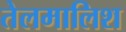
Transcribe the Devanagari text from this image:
तेलमालिश